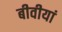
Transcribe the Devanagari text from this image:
बीवीयां